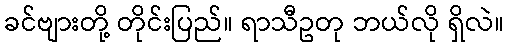
ခင်ဗျားတို့ တိုင်းပြည်။ ရာသီဥတု ဘယ်လို ရှိလဲ။